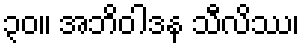
၃၀။ အဘိဝါဒန သီလိဿ၊